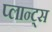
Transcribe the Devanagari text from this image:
प्लान्ट्स